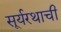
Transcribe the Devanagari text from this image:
सूर्यरथाची